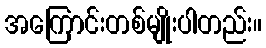
အကြောင်းတစ်မျိုးပါတည်း။